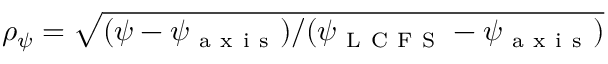
\rho _ { \psi } = \sqrt { ( \psi - \psi _ { \mathrm { ~ a ~ x ~ i ~ s ~ } } ) / ( \psi _ { \mathrm { ~ L ~ C ~ F ~ S ~ } } - \psi _ { \mathrm { ~ a ~ x ~ i ~ s ~ } } ) }